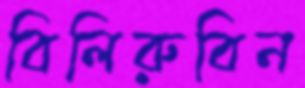
বিলিরুবিন